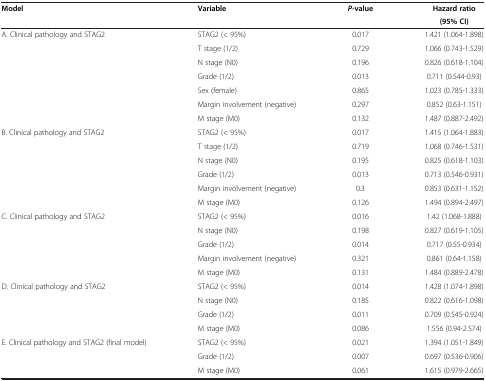
<table><thead><tr><td rowspan="2"><b>Model</b></td><td rowspan="2"><b>Variable</b></td><td rowspan="2"><b><i>P</i>-value</b></td><td><b>Hazard ratio</b></td></tr><tr><td><b>(95% CI)</b></td></tr></thead><tbody><tr><td>A. Clinical pathology and STAG2</td><td>STAG2 (&lt; 95%)</td><td>0.017</td><td>1.421 (1.064-1.898)</td></tr><tr><td> </td><td>T stage (1/2)</td><td>0.729</td><td>1.066 (0.743-1.529)</td></tr><tr><td> </td><td>N stage (N0)</td><td>0.196</td><td>0.826 (0.618-1.104)</td></tr><tr><td> </td><td>Grade (1/2)</td><td>0.013</td><td>0.711 (0.544-0.93)</td></tr><tr><td> </td><td>Sex (female)</td><td>0.865</td><td>1.023 (0.785-1.333)</td></tr><tr><td> </td><td>Margin involvement (negative)</td><td>0.297</td><td>0.852 (0.63-1.151)</td></tr><tr><td> </td><td>M stage (M0)</td><td>0.132</td><td>1.487 (0.887-2.492)</td></tr><tr><td>B. Clinical pathology and STAG2</td><td>STAG2 (&lt; 95%)</td><td>0.017</td><td>1.415 (1.064-1.883)</td></tr><tr><td> </td><td>T stage (1/2)</td><td>0.719</td><td>1.068 (0.746-1.531)</td></tr><tr><td> </td><td>N stage (N0)</td><td>0.195</td><td>0.825 (0.618-1.103)</td></tr><tr><td> </td><td>Grade (1/2)</td><td>0.013</td><td>0.713 (0.546-0.931)</td></tr><tr><td> </td><td>Margin involvement (negative)</td><td>0.3</td><td>0.853 (0.631-1.152)</td></tr><tr><td> </td><td>M stage (M0)</td><td>0.126</td><td>1.494 (0.894-2.497)</td></tr><tr><td>C. Clinical pathology and STAG2</td><td>STAG2 (&lt; 95%)</td><td>0.016</td><td>1.42 (1.068-1.888)</td></tr><tr><td> </td><td>N stage (N0)</td><td>0.198</td><td>0.827 (0.619-1.105)</td></tr><tr><td> </td><td>Grade (1/2)</td><td>0.014</td><td>0.717 (0.55-0.934)</td></tr><tr><td> </td><td>Margin involvement (negative)</td><td>0.321</td><td>0.861 (0.64-1.158)</td></tr><tr><td> </td><td>M stage (M0)</td><td>0.131</td><td>1.484 (0.889-2.478)</td></tr><tr><td>D. Clinical pathology and STAG2</td><td>STAG2 (&lt; 95%)</td><td>0.014</td><td>1.428 (1.074-1.898)</td></tr><tr><td> </td><td>N stage (N0)</td><td>0.185</td><td>0.822 (0.616-1.098)</td></tr><tr><td> </td><td>Grade (1/2)</td><td>0.011</td><td>0.709 (0.545-0.924)</td></tr><tr><td> </td><td>M stage (M0)</td><td>0.086</td><td>1.556 (0.94-2.574)</td></tr><tr><td>E. Clinical pathology and STAG2 (final model)</td><td>STAG2 (&lt; 95%)</td><td>0.021</td><td>1.394 (1.051-1.849)</td></tr><tr><td> </td><td>Grade (1/2)</td><td>0.007</td><td>0.697 (0.536-0.906)</td></tr><tr><td> </td><td>M stage (M0)</td><td>0.061</td><td>1.615 (0.979-2.665)</td></tr></tbody></table>